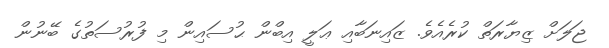
ޖަލަށް ޒިޔާރަތް ކުރެއެވެ. ޒައިނަބާއި ޢަލީ އިބްން ޙުސައިން މި ފުރުސަތުގެ ބޭނުން